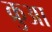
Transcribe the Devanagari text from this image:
क्रुआ